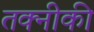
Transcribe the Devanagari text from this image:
तक्नीकी